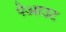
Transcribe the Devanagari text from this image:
पेआउट